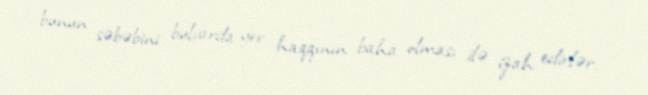
bunun səbəbini bulvarda yer haqqının baha olması ilə izah edirlər.